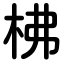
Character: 柫